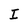
Character: I